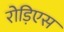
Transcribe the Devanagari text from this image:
रोड़िएस